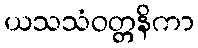
ယသသံဝတ္တနိကာ